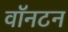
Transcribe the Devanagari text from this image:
वॉनटन